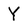
Character: Y